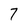
Character: 7